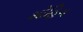
મોહિન